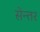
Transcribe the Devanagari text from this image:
सेन्तर